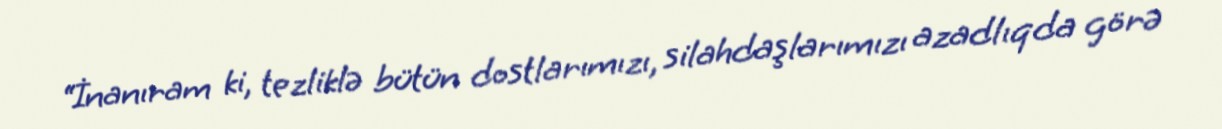
“İnanıram ki, tezliklə bütün dostlarımızı, silahdaşlarımızı azadlıqda görə